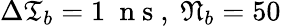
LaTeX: \Delta\mathfrak{T}_{b}=1\ \mathrm{~n~s~},\ \mathfrak{N}_{b}=50